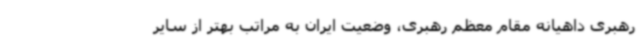
رهبری داهیانه مقام معظم رهبری، وضعیت ایران به مراتب بهتر از سایر